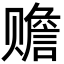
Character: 赡